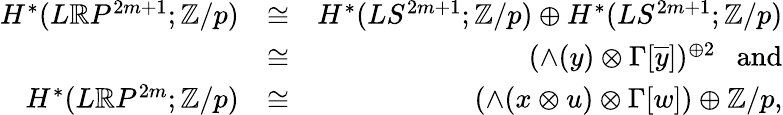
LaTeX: \begin{array}{rlr}{H^{*}(L{\mathbb R}P^{2m+1};{\mathbb Z}/p)}&{\cong}&{H^{*}(LS^{2m+1};{\mathbb Z}/p)\oplus H^{*}(LS^{2m+1};{\mathbb Z}/p)}\\ &{\cong}&{(\wedge(y)\otimes\Gamma[\overline{{y}}])^{\oplus 2}\ \ \ \mathrm{and}}\\ {H^{*}(L{\mathbb R}P^{2m};{\mathbb Z}/p)}&{\cong}&{(\wedge(x\otimes u)\otimes\Gamma[w])\oplus\mathbb{Z}/p,}\end{array}